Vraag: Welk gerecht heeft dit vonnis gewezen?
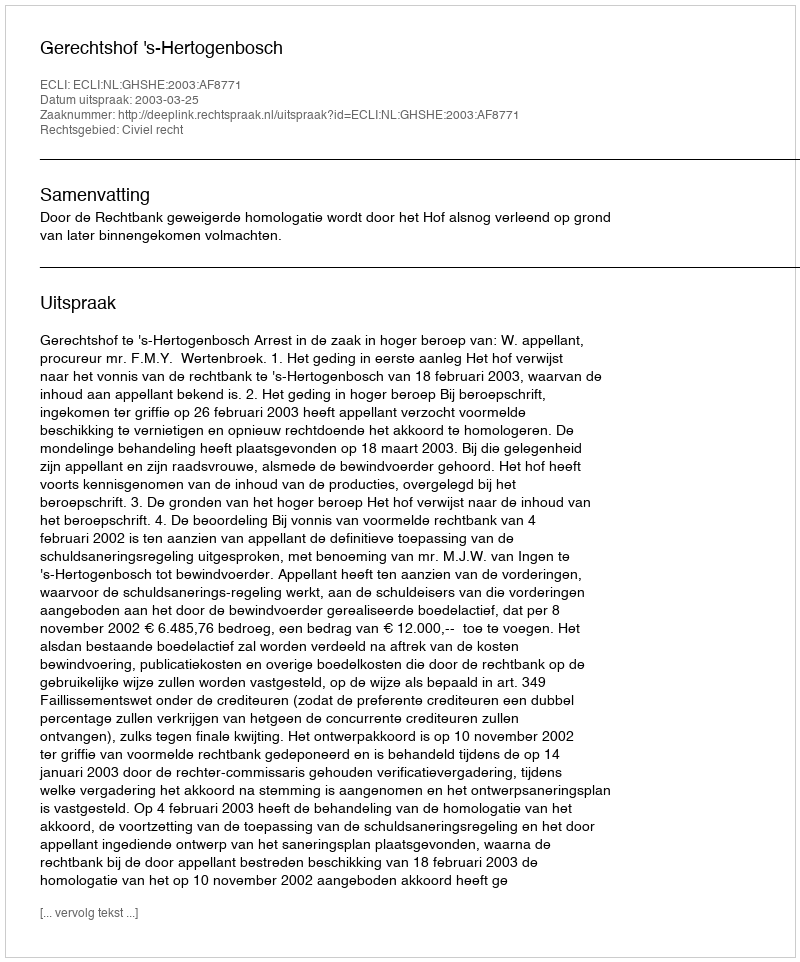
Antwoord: Gerechtshof 's-Hertogenbosch